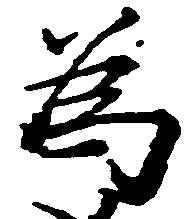
為